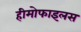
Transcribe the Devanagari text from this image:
हीमोफाइलस